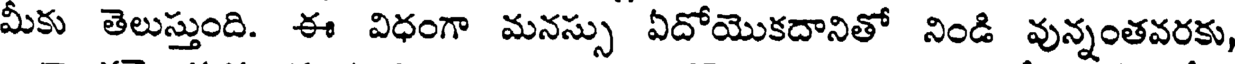
మీకు తెలుస్తుంది. ఈ విధంగా మనస్సు ఏదోయొకదానితో నిండి వున్నంతవరకు,